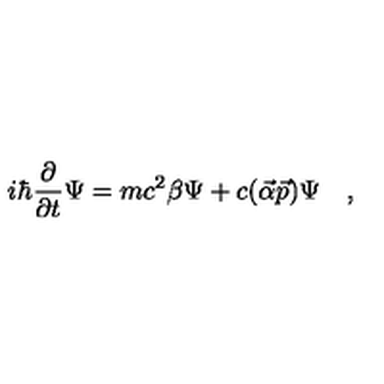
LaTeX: i \hbar \frac { \partial } { \partial t } \Psi = m c ^ { 2 } \beta \Psi + c ( \vec { \alpha } \vec { p } ) \Psi \quad ,